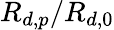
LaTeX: R_{d,p}/R_{d,0}